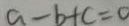
a - b + c = 0